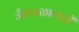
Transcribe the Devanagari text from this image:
जैतपाळालाही